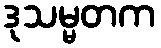
ဒုသမ္မတက